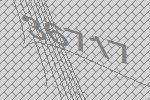
36717